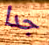
جدا